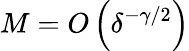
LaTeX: M=O\left(\delta^{-\gamma/2}\right)